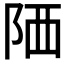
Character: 䧈